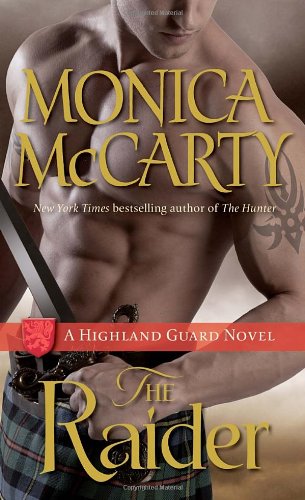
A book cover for The Raider (Highland Guard); Monica McCarty; Romance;